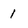
Character: 1